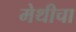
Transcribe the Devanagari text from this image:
मेथीचा